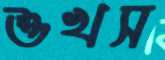
শুখস